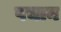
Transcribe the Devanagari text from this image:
पचान